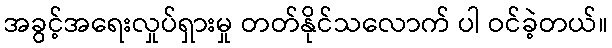
အခွင့်အရေးလှုပ်ရှားမှု တတ်နိုင်သလောက် ပါ ဝင်ခဲ့တယ်။